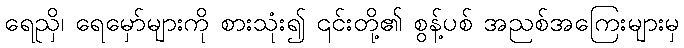
ရေညှိ၊ ရေမှော်များကို စားသုံး၍ ၎င်းတို့၏ စွန့်ပစ် အညစ်အကြေးများမှ